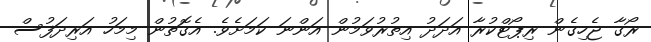
ރޯގާ ޖެހިގެން ރިޕޯޓްކުރާ އަދަދު އިތުރުވަމުން އަންނަ ކަމަށެވެ. އެގޮތުން މިމަހު އަރިދަފުސް